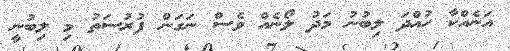
އަނެއްކާ ހުއްދަ ލިބުނު މަދު ލޯނެއް ވެސް ނަގަން ފުރުސަތު މި ލިބުނީ